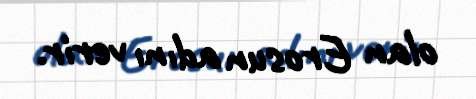
olan Erosun adını verir.